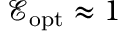
\mathcal E _ { \mathrm { o p t } } \approx 1